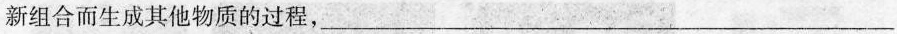
新组合而生成其他物质的过程，___